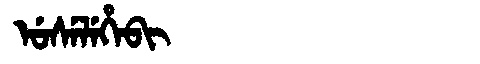
Manchu: ᡠᠰᡝᠯᡝᡥᡝᠪᡳ
Romanization: USELEHEBI